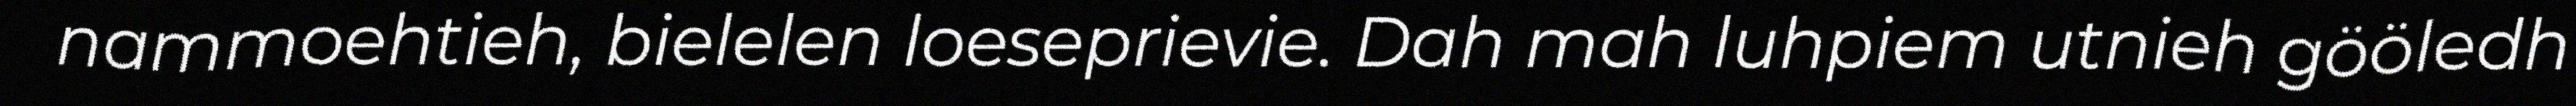
nammoehtieh, bielelen loeseprievie. Dah mah luhpiem utnieh gööledh